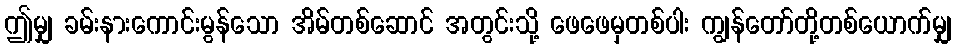
ဤမျှ ခမ်းနားကောင်းမွန်သော အိမ်တစ်ဆောင် အတွင်းသို့ ဖေဖေမှတစ်ပါး ကျွန်တော်တို့တစ်ယောက်မျှ